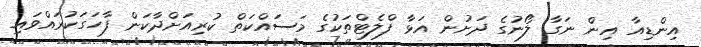
އިންޑިއާ އިން ނަގާ ލޯނުގެ ދަށުން އަޅާ ފްލެޓްތަކުގެ މަސައްކަތް ކުރިއަށްދާކަން ފާހަގަކުރައްްވައި